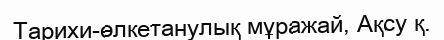
Тарихи-өлкетанулық мұражай, Ақсу қ.